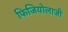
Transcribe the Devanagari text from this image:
फिजियोलाजी